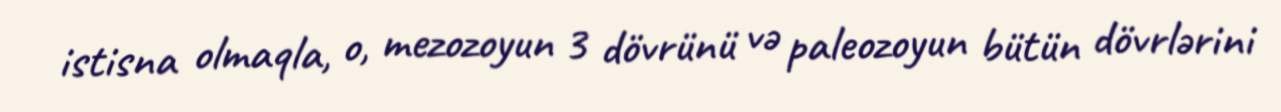
istisna olmaqla, o, mezozoyun 3 dövrünü və paleozoyun bütün dövrlərini